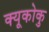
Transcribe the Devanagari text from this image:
क्यूकोकु